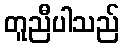
တူညီပါသည်